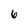
Character: 6